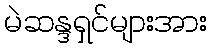
မဲဆန္ဒရှင်များအား